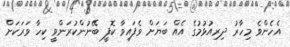
އެހެންވެ މިހާރު ދިރިއުޅުމުގެ އެއް ބަޔަށް ވެފައިވާ ކޮފީ ބޭނުންކުރަންވީ ކިހާ ވަރަކަށް